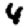
Digit: 4